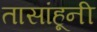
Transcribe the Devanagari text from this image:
तासांहूनी